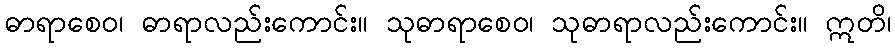
ဓာရာစေဝ၊ ဓာရာလည်းကောင်း။ သုဓာရာစေဝ၊ သုဓာရာလည်းကောင်း။ ဣတိ၊